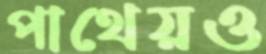
পাথেয়ও